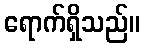
ရောက်ရှိသည်။